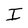
Character: I